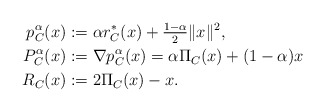
\begin{align*} p_{C}^{\alpha}(x)&:=\alpha r_{C}^*(x)+\tfrac{1-\alpha}{2}\|x\|^2,\\ P_{C}^{\alpha}(x)&:=\nabla p_{C}^{\alpha}(x)=\alpha\Pi_{C}(x)+(1-\alpha)x\\ R_C(x)&:=2\Pi_C(x)-x.\end{align*}